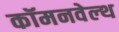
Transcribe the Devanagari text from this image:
कॉमनवेल्‍थ